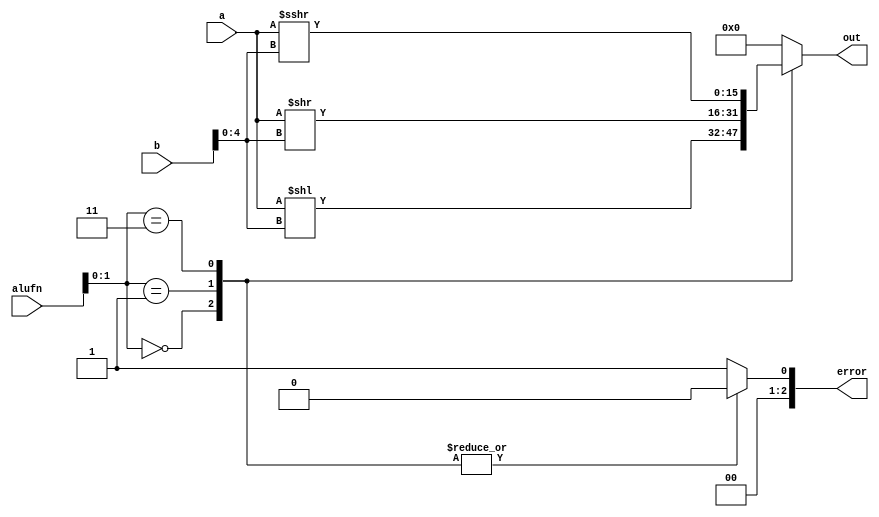
/*
   This file was generated automatically by the Mojo IDE version B1.3.6.
   Do not edit this file directly. Instead edit the original Lucid source.
   This is a temporary file and any changes made to it will be destroyed.
*/

module shifter_13 (
    input [15:0] a,
    input [15:0] b,
    input [5:0] alufn,
    output reg [15:0] out,
    output reg [2:0] error
  );
  
  
  
  always @* begin
    out = 1'h0;
    error = 1'h0;
    
    case (alufn[0+1-:2])
      2'h0: begin
        out = a << b[0+4-:5];
      end
      2'h1: begin
        out = a >> b[0+4-:5];
      end
      2'h3: begin
        out = a >>> b[0+4-:5];
      end
      default: begin
        error = 3'h1;
      end
    endcase
  end
endmodule